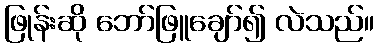
ဖြုန်းဆို ဘော်ဖြူချော်၍ လဲသည်။